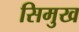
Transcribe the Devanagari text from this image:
सिमुख